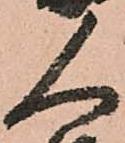
人